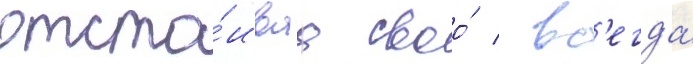
отста́иваа своо́ / вс'егда́